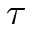
\boldsymbol { \tau }